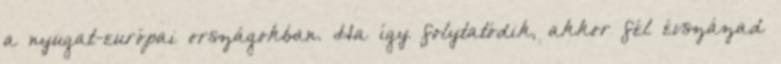
a nyugat-európai országokban. Ha így folytatódik, akkor fél évszázad